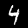
Label: 4